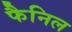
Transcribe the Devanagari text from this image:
फैनिल